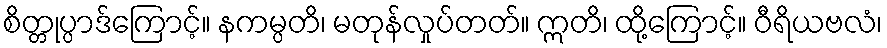
စိတ္တုပ္ပာဒ်ကြောင့်။ နကမ္ပတိ၊ မတုန်လှုပ်တတ်။ ဣတိ၊ ထို့ကြောင့်။ ဝီရိယဗလံ၊